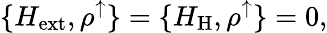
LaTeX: \{ H_{\mathrm{ext}},\rho^{\uparrow}\} =\{ H_{\mathrm{H}},\rho^{\uparrow}\} =0,